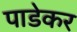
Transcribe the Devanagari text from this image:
पाडेकर